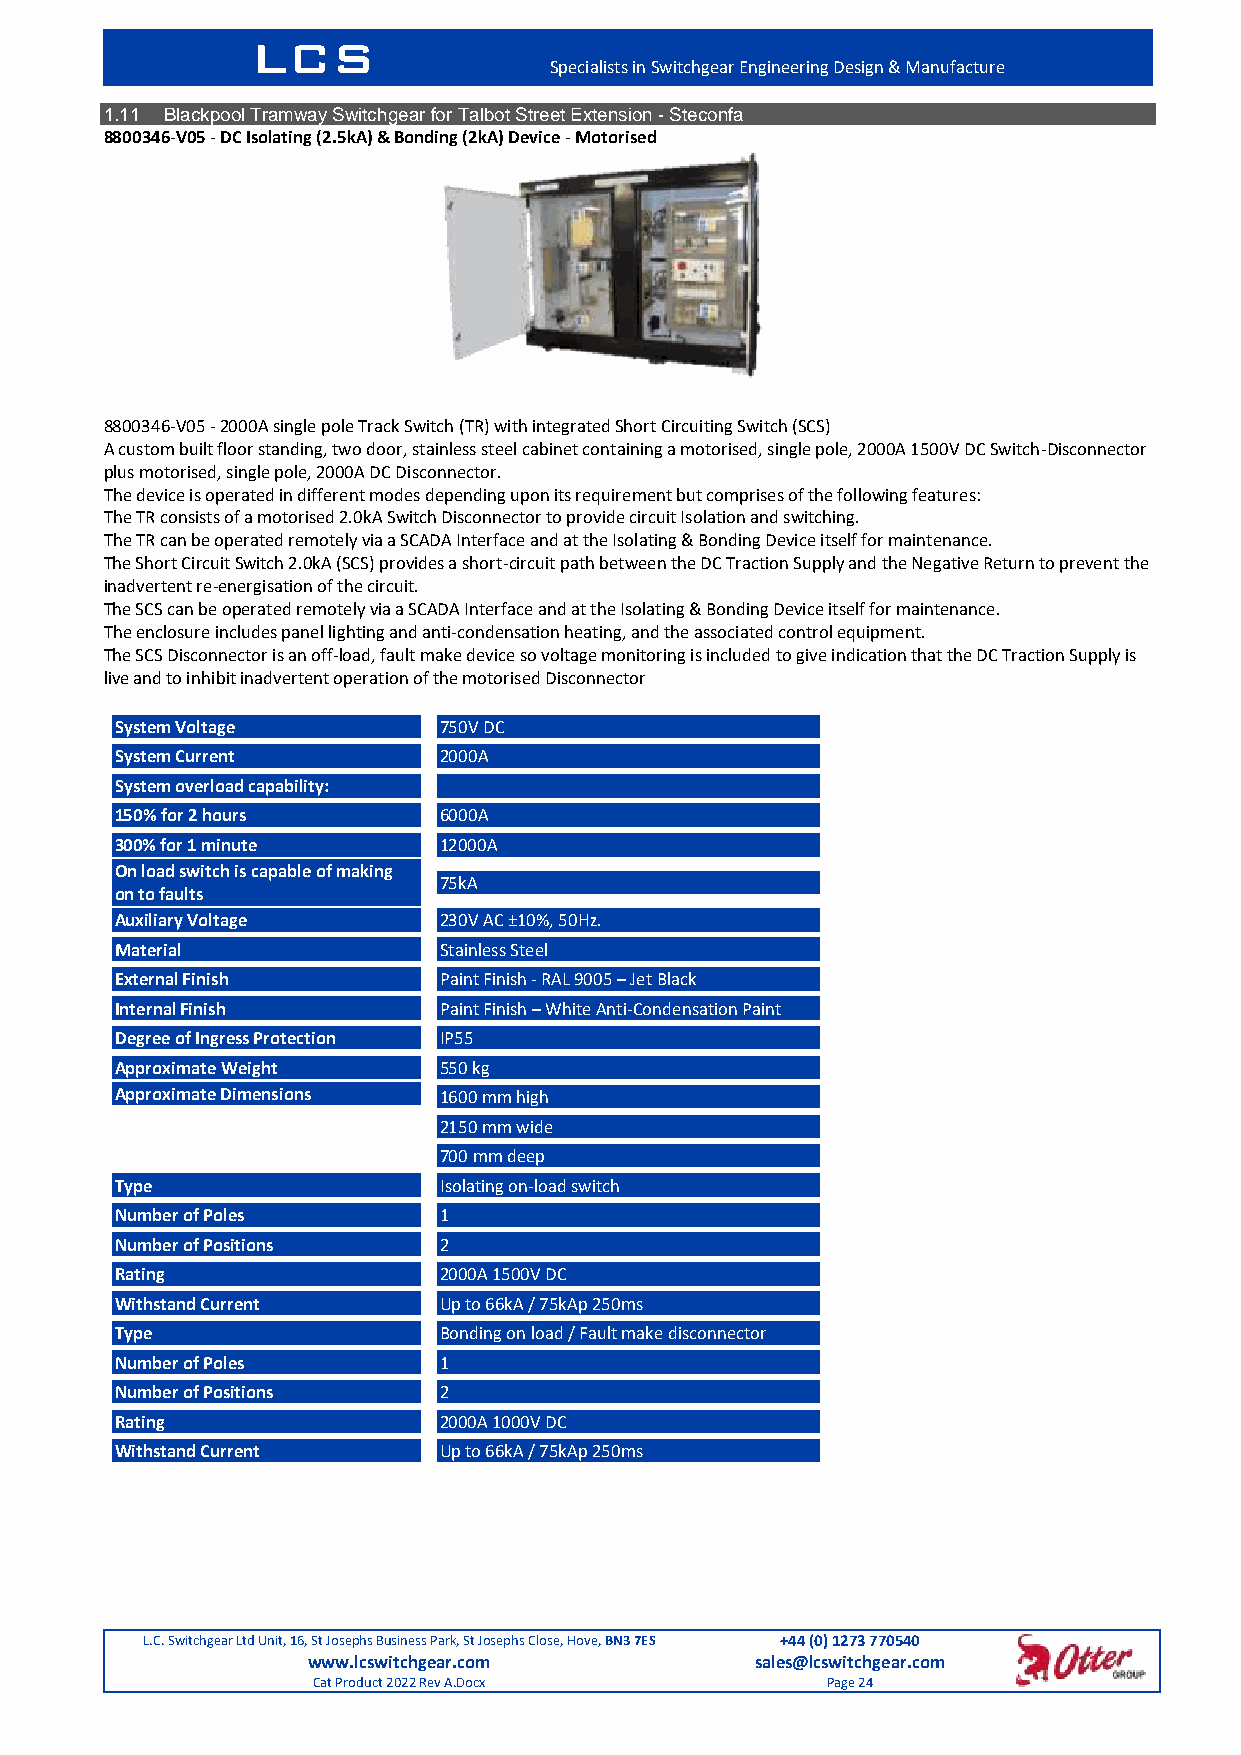
LCS
 Specialists in Switchgear Engineering Design & Manufacture
 1.11 Blackpool Tramway Switchgear for Talbot Street Extension - Steconfa
 8800346-V05 - DC Isolating (2.5kA) & Bonding (2kA) Device - Motorised
 8800346-V05 - 2000A single pole Track Switch (TR) with integrated Short Circuiting Switch (SCS)
 A custom built floor standing, two door, stainless steel cabinet containing a motorised, single pole, 2000A 1500V DC Switch-Disconnector
 plus motorised, single pole, 2000A DC Disconnector.
 The device is operated in different modes depending upon its requirement but comprises of the following features:
 The TR consists of a motorised 2.0kA Switch Disconnector to provide circuit Isolation and switching.
 The TR can be operated remotely via a SCADA Interface and at the Isolating & Bonding Device itself for maintenance.
 The Short Circuit Switch 2.0kA (SCS) provides a short-circuit path between the DC Traction Supply and the Negative Return to prevent the
 inadvertent re-energisation of the circuit.
 The SCS can be operated remotely via a SCADA Interface and at the Isolating & Bonding Device itself for maintenance.
 The enclosure includes panel lighting and anti-condensation heating, and the associated control equipment.
 The SCS Disconnector is an off-load, fault make device so voltage monitoring is included to give indication that the DC Traction Supply is
 live and to inhibit inadvertent operation of the motorised Disconnector
 System Voltage       750V DC
 System Current       2000A
 System overload capability:
 150% for 2 hours     6000A
 300% for 1 minute    12000A
 On load switch is capable of making
 75kA
 on to faults
 Auxiliary Voltage    230V AC ±10%, 50Hz.
 Material             Stainless Steel
 External Finish      Paint Finish - RAL 9005 – Jet Black
 Internal Finish      Paint Finish – White Anti-Condensation Paint
 Degree of Ingress Protection IP55
 Approximate Weight   550 kg
 Approximate Dimensions 1600 mm high
 2150 mm wide
 700 mm deep
 Type                 Isolating on-load switch
 Number of Poles      1
 Number of Positions  2
 Rating               2000A 1500V DC
 Withstand Current    Up to 66kA / 75kAp 250ms
 Type                 Bonding on load / Fault make disconnector
 Number of Poles      1
 Number of Positions  2
 Rating               2000A 1000V DC
 Withstand Current    Up to 66kA / 75kAp 250ms
 L.C. Switchgear Ltd Unit, 16, St Josephs Business Park, St Josephs Close, Hove, BN3 7ES +44 (0) 1273 770540
 www.lcswitchgear.com          sales@lcswitchgear.com
 Cat Product 2022 Rev A.Docx       Page 24